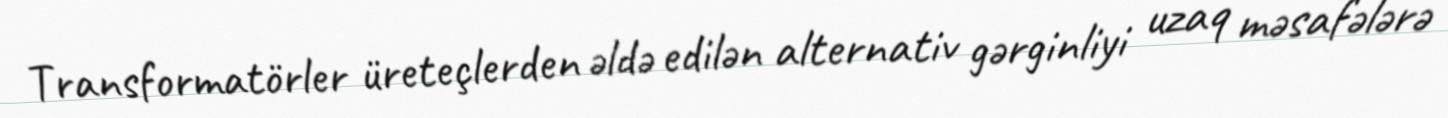
Transformatörler üreteçlerden əldə edilən alternativ gərginliyi uzaq məsafələrə